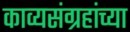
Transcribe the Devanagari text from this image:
काव्यसंग्रहांच्या